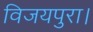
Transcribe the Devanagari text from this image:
विजयपुरा।